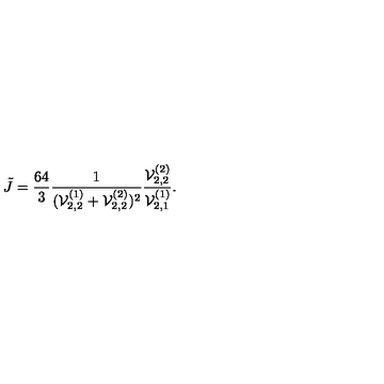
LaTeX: \tilde { J } = \frac { 6 4 } { 3 } \frac { 1 } { ( { \cal V } _ { 2 , 2 } ^ { ( 1 ) } + { \cal V } _ { 2 , 2 } ^ { ( 2 ) } ) ^ { 2 } } \frac { { \cal V } _ { 2 , 2 } ^ { ( 2 ) } } { { \cal V } _ { 2 , 1 } ^ { ( 1 ) } } .